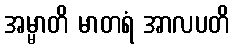
အမ္မာတိ မာတရံ အာလပတိ